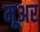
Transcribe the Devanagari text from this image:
मूअर